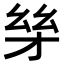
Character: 𪪋